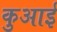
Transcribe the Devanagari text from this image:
कुआई